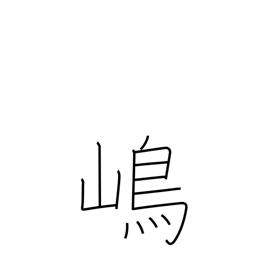
Meaning: island